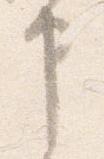
申